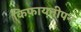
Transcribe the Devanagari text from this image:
किफ़ायतीपन